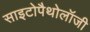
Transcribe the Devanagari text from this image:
साइटोपैथोलॉजी